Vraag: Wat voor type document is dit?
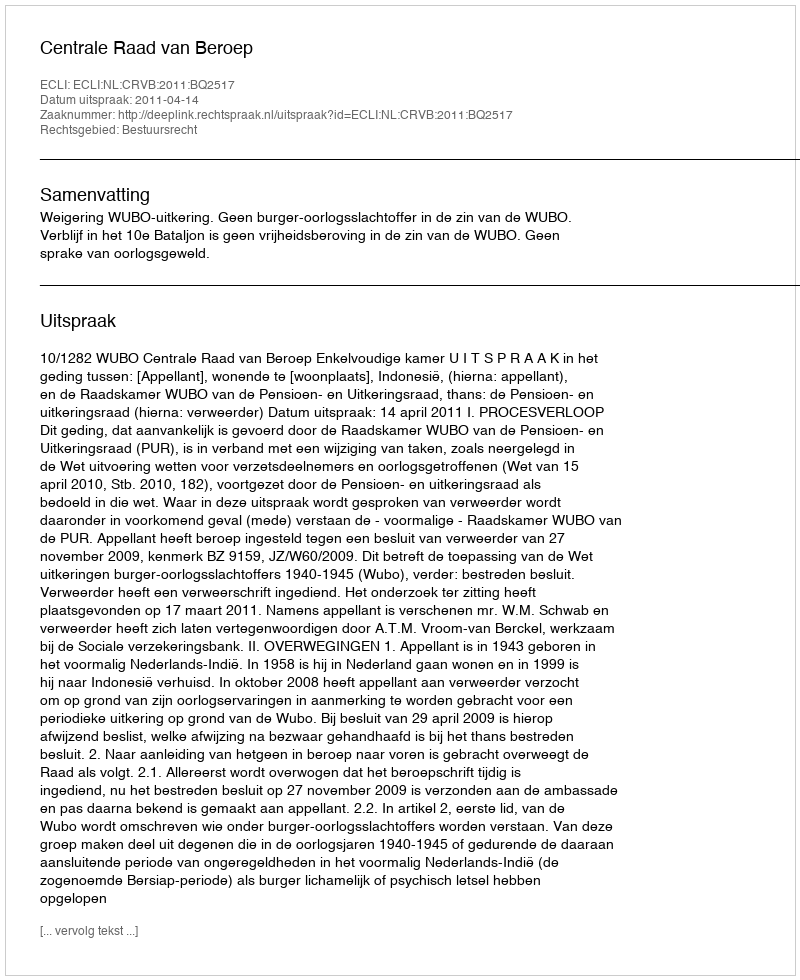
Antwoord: Uitspraak